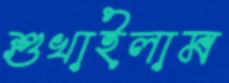
শুখাইলাম